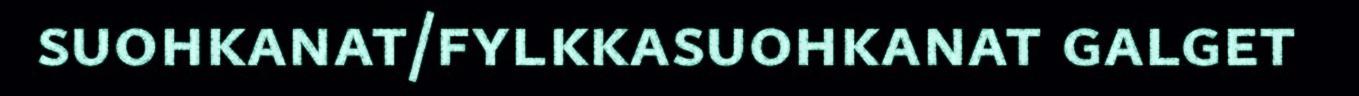
suohkanat/fylkkasuohkanat galget